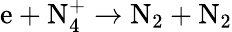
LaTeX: \mathrm{e+N_{4}^{+}\to N_{2}+N_{2}}